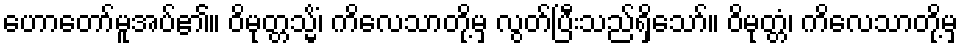
ဟောတော်မူအပ်၏။ ဝိမုတ္တသ္မိံ၊ ကိလေသာတို့မှ လွတ်ပြီးသည်ရှိသော်။ ဝိမုတ္တံ၊ ကိလေသာတို့မှ